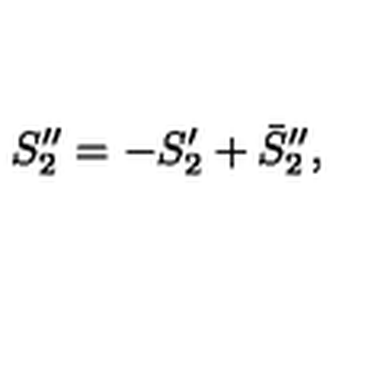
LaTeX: S _ { 2 } ^ { \prime \prime } = - S _ { 2 } ^ { \prime } + \bar { S } _ { 2 } ^ { \prime \prime } ,